Vaccine operations Central Provinces 1900-1911 - 1900-1911
Year: 1900
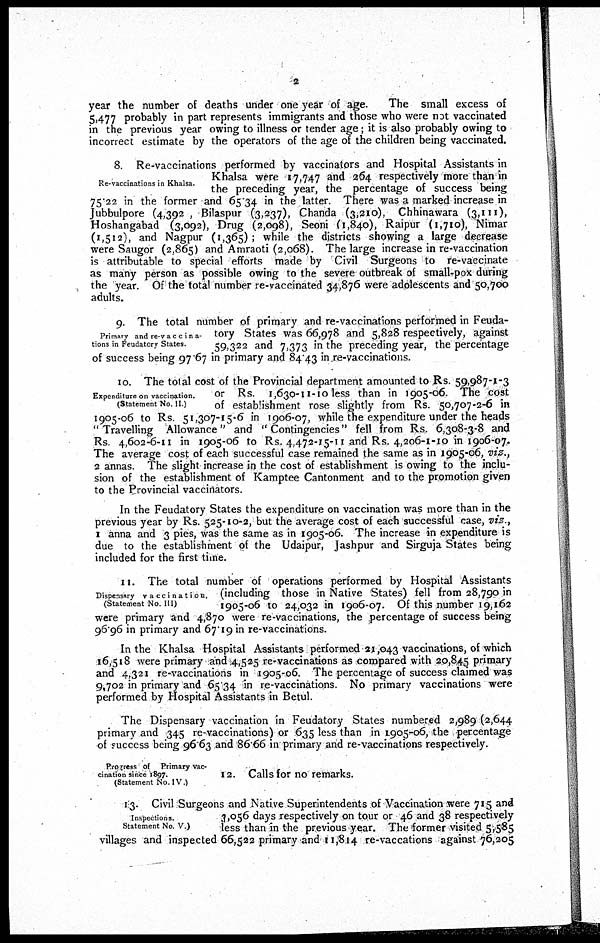
2
year the number of deaths under one year of age.
The small excess of
5,477 probably in part represents immigrants and those who were not vaccinated
in the previous year owing to illness or tender age; it is also probably owing to
incorrect estimate by the operators of the age of the children being vaccinated.
Re-vaccinations in Khalsa.
8. Re-vaccinations performed by vaccinators and Hospital Assistants in
Khalsa were 17,747 and 264 respectively more than in
the preceding year, the percentage of success being
75.22 in the former and 65.34 in the latter. There was a marked increase in
Jubbulpore (4,392 , Bilaspur (3,237), Chanda (3,210), Chhinawara (3,111),
Hoshangabad (3,092), Drug (2,098), Seoni (1,840), Raipur (1,710), Nimar
(1,512), and Nagpur (1,365) ; while the districts showing a large decrease
were Saugor (2,865) and Amraoti (2,068). The large increase in re-vaccination
is attributable to special efforts made by Civil Surgeons to re-vaccinate
as many person as possible owing to the severe outbreak of small-pox during
the year. Of the total number re-vaccinated 34,876 were adolescents and 50,700
adults.
Primary and re-vaccina¬
tions in Feudatory States.
9. The total number of primary and re-vaccinations performed in Feuda-
tory States was 66,978 and 5,828 respectively, against
59,322 and 7,373 in the preceding year, the percentage
of success being 97 67 in primary and 84.43 in re-vaccinations.
Expenditure on vaccination.
(Statement No II)
10. The total cost of the Provincial department amounted to Rs. 59,987-1-3
or Rs. 1,630-11-10 less than in 1905-06. The cost
of establishment rose slightly from Rs. 50,707-2-6 in
1905-06 to Rs. 51,307-15-6 in 1906-07, while the expenditure under the heads
" Travelling Allowance" and ''Contingencies" fell from Rs. 6,308-3-8 and
Rs 4,602-6-11 in 1905-06 to Rs. 4,472-15-11 and Rs. 4,206-1-10 in 1906-07.
The average cost of each successful case remained the same as in 1905-06, viz.,
2 annas. The slight increase in the cost of establishment is owing to the inclu-
sion of the establishment of Kamptee Cantonment and to the promotion given
to the Provincial vaccinators.
In the Feudatory States the expenditure on vaccination was more than in the
previous year by Rs. 525-10-2, but the average cost of each successful case, viz.,
1 anna and 3 pies, was the same as in 1905-06. The increase in expenditure is
due to the establishment of the Udaipur, Jashpur and Sirguja States being
included for the first time.
Dispensary vaccination.
(Statement No. III)
11. The total number of operations performed by Hospital Assistants
(including those in Native States) fell from 28,790 in
1905-06 to 24,032 in 1906-07. Of this number 19,162
were primary and 4,870 were re-vaccinations, the percentage of success being
96.96 in primary and 67.19 in re-vaccinations.
In the Khalsa Hospital Assistants performed 21,043 vaccinations, of which
16,518 were primary and 4,525 re-vaccinations as compared with 20,845 primary
and 4,321 re-vaccinations in 1905-06. The percentage of success claimed was
9,702 in primary and 65.34 in re-vaccinations. No primary vaccinations were
performed by Hospital Assistants in Betul.
The Dispensary vaccination in Feudatory States numbered 2,989 (2,644
primary and 345 re-vaccinations) or 635 less than in 1,905-06, the percentage
of success being 96.63 and 86.66 in primary and re-vaccinations respectively.
Progress of Primary vac-
cination since 1897.
(Statement No IV )
12. Calls for no remarks.
Inspections.
Statement No. V )
13. Civil Surgeons and Native Superintendents of Vaccination were 715 and
3,056 days respectively on tour or 46 and 38 respectively
less than in the previous year. The former visited 5,585
villages and inspected 66,522 primary and 11,814 re-vaccations against 76,205